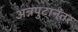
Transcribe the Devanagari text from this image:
अन्नपुटानंतर